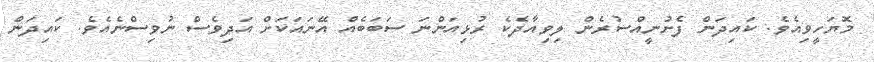
މޮޔަހީވިއެވެ. ކައިދަން ފެށުނީއްސުރެން ލިވިއާދެކެ ރުޅިއަންނަ ސަބަބެއް އޭނައަކަށް އަދިވެސް ނުވިސްނެއެވެ. ކައިދަން